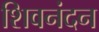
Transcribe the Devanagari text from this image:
शिवनंदन